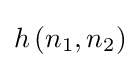
h\left(n_{1},n_{2}\right)